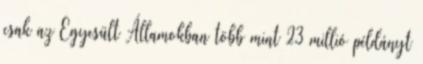
csak az Egyesült Államokban több mint 23 millió példányt